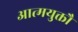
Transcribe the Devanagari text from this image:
आत्मयुक्तौ